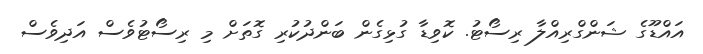
އައްޑޫގެ ޝަންގްރިއްލާ ރިސޯޓު. ކޮވިޑާ ގުޅިގެން ބަންދުކުރި ގޮތަށް މި ރިސޯޓުވެސް އަދިވެސް